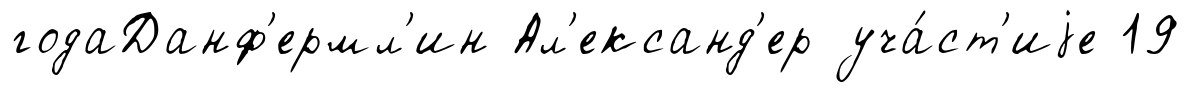
годаДанф'ермл'ин Ал'ександ'ер уча́ст'иjе 19